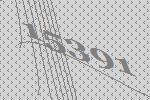
15391